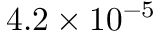
4 . 2 \times 1 0 ^ { - 5 }